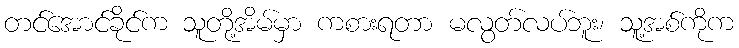
တင်အောင်ခိုင်က သူတို့အိမ်မှာ ကစားရတာ မလွတ်လပ်ဘူး၊ သူ့အစ်ကိုက